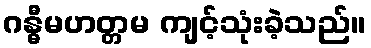
ဂန္ဓီမဟတ္တမ ကျင့်သုံးခဲ့သည်။